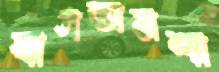
বাসতামশা